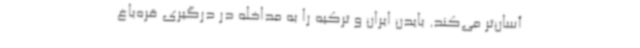
آسان‌تر می‌کند. بایدن ایران و ترکیه را به مداخله در درگیری قره‌باغ